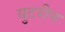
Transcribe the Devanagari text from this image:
युटरीन